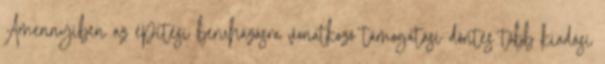
Amennyiben az építési beruházásra vonatkozó támogatási döntés több kiadási